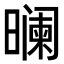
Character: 𬁘